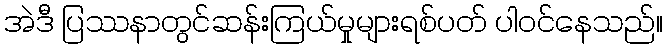
အဲဒီ ပြဿနာတွင်ဆန်းကြယ်မှုများရစ်ပတ် ပါဝင်နေသည်။